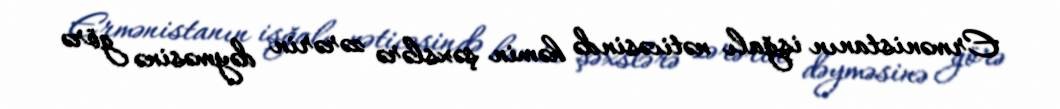
Ermənistanın işğalı nəticəsində həmin şəxslərə zərərin dəyməsinə görə